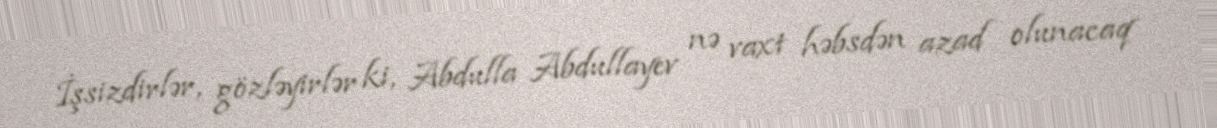
İşsizdirlər, gözləyirlər ki, Abdulla Abdullayev nə vaxt həbsdən azad olunacaq